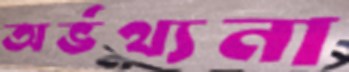
অর্ভথ্যনা